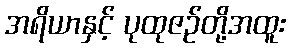
အရိယာနှင့် ပုထုဇဉ်တို့အထူး